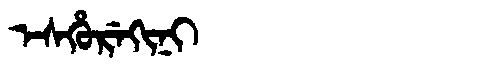
Manchu: ᡝᠰᡥᡠᡵᡝᡴᡳᠨᡳ
Romanization: ESHUREKINI